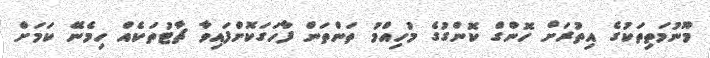
މޫނުމަތިތަކުގެ އިތުރަށް ހޮންގް ކޮންގުގެ މުހިއްމު ތަންތަން ފާހަގަކޮށްފައިވާ ޗާޓުތަކެއް ހިމެނޭ ކަމަށް